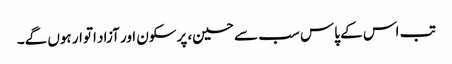
تب اس کے پاس سب سے حسین، پرسکون اور آزاد اتوار ہوں گے۔